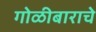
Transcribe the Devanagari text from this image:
गोळीबाराचे